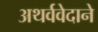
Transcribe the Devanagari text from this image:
अथर्ववेदाने